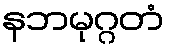
နဘမုဂ္ဂတံ